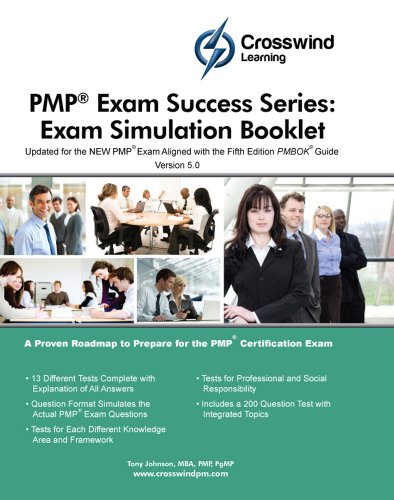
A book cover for PMP Exam Success Series: Exam Simulation Booklet; MBA, CAPM, Project +, CSM, CCBA, PMI-SP, PMI-RMP, PMI-ACP, PMP, PgMP Tony Johnson; Test Preparation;